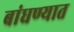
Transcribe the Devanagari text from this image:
बांधण्‍यात